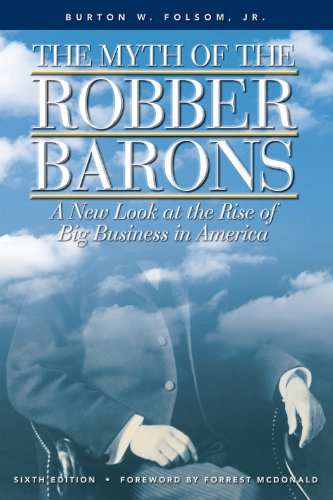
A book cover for The Myth of the Robber Barons: A New Look at the Rise of Big Business in America; Burton W. Folsom; Business & Money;